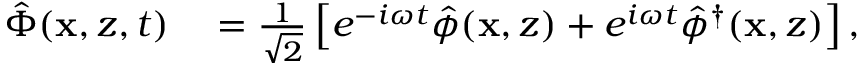
\begin{array} { r l } { \hat { \Phi } ( \mathbf { x } , z , t ) } & { { } = \frac { 1 } { \sqrt { 2 } } \left[ e ^ { - i \omega t } \hat { \phi } ( \mathbf { x } , z ) + e ^ { i \omega t } \hat { \phi } ^ { \dagger } ( \mathbf { x } , z ) \right] , } \end{array}